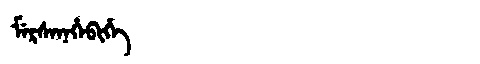
Manchu: ᠮᡝᡵᠰᡝᠨᡝᡥᡝᠪᡳᡥᡝ
Romanization: MERSENEHEBIHE